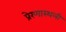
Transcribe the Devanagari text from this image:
प्रेरणास्थली